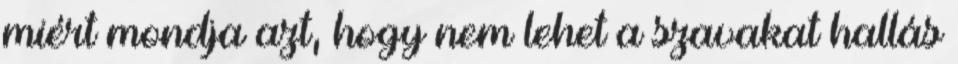
miért mondja azt, hogy nem lehet a szavakat hallás